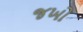
જખો